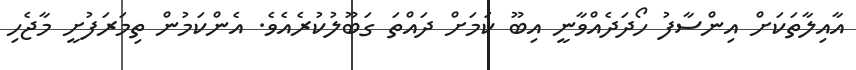
އާއިލާތަކަށް އިންސާފު ހޯދަދެއްވާނީ އިބޫ ކަމަށް ދައްތަ ގަބޫލުކުރެއެވެ. އެންކަމުން ތިމަރަފުށީ މާޖެހި